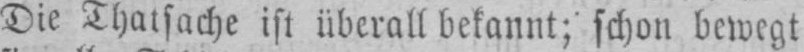
Die Thatsache ist überall bekannt; schon bewegt